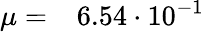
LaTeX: \mu=\phantom{-}6.54\cdot 10^{-1}